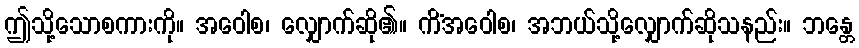
ဤသို့သောစကားကို။ အဝေါစ၊ လျှောက်ဆို၏။ ကိံအဝေါစ၊ အဘယ်သို့လျှောက်ဆိုသနည်း။ ဘန္တေ